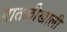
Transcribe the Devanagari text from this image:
पातळीखाली